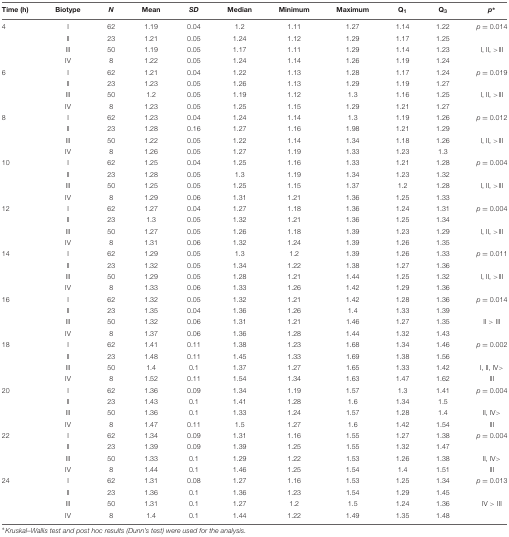
<table><thead><tr><td><b>Time (h)</b></td><td><b>Biotype</b></td><td><b><i>N</i></b></td><td><b>Mean</b></td><td><b><i>SD</i></b></td><td><b>Median</b></td><td><b>Minimum</b></td><td><b>Maximum</b></td><td><b>Q<sub>1</sub></b></td><td><b>Q<sub>3</sub></b></td><td><b><i>p</i><sup>∗</sup></b></td></tr></thead><tbody><tr><td>4</td><td>I</td><td>62</td><td>1.19</td><td>0.04</td><td>1.2</td><td>1.11</td><td>1.27</td><td>1.14</td><td>1.22</td><td><i>p</i> = 0.014</td></tr><tr><td></td><td>II</td><td>23</td><td>1.21</td><td>0.05</td><td>1.24</td><td>1.12</td><td>1.29</td><td>1.17</td><td>1.25</td><td></td></tr><tr><td></td><td>III</td><td>50</td><td>1.19</td><td>0.05</td><td>1.17</td><td>1.11</td><td>1.29</td><td>1.14</td><td>1.23</td><td>I, II, &gt;III</td></tr><tr><td></td><td>IV</td><td>8</td><td>1.22</td><td>0.05</td><td>1.24</td><td>1.14</td><td>1.26</td><td>1.19</td><td>1.24</td><td></td></tr><tr><td>6</td><td>I</td><td>62</td><td>1.21</td><td>0.04</td><td>1.22</td><td>1.13</td><td>1.28</td><td>1.17</td><td>1.24</td><td><i>p</i> = 0.019</td></tr><tr><td></td><td>II</td><td>23</td><td>1.23</td><td>0.05</td><td>1.26</td><td>1.13</td><td>1.29</td><td>1.19</td><td>1.27</td><td></td></tr><tr><td></td><td>III</td><td>50</td><td>1.2</td><td>0.05</td><td>1.19</td><td>1.12</td><td>1.3</td><td>1.16</td><td>1.25</td><td>I, II, &gt;III</td></tr><tr><td></td><td>IV</td><td>8</td><td>1.23</td><td>0.05</td><td>1.25</td><td>1.15</td><td>1.29</td><td>1.21</td><td>1.27</td><td></td></tr><tr><td>8</td><td>I</td><td>62</td><td>1.23</td><td>0.04</td><td>1.24</td><td>1.14</td><td>1.3</td><td>1.19</td><td>1.26</td><td><i>p</i> = 0.012</td></tr><tr><td></td><td>II</td><td>23</td><td>1.28</td><td>0.16</td><td>1.27</td><td>1.16</td><td>1.98</td><td>1.21</td><td>1.29</td><td></td></tr><tr><td></td><td>III</td><td>50</td><td>1.22</td><td>0.05</td><td>1.22</td><td>1.14</td><td>1.34</td><td>1.18</td><td>1.26</td><td>I, II, &gt;III</td></tr><tr><td></td><td>IV</td><td>8</td><td>1.26</td><td>0.05</td><td>1.27</td><td>1.19</td><td>1.33</td><td>1.23</td><td>1.3</td><td></td></tr><tr><td>10</td><td>I</td><td>62</td><td>1.25</td><td>0.04</td><td>1.25</td><td>1.16</td><td>1.33</td><td>1.21</td><td>1.28</td><td><i>p</i> = 0.004</td></tr><tr><td></td><td>II</td><td>23</td><td>1.28</td><td>0.05</td><td>1.3</td><td>1.19</td><td>1.34</td><td>1.23</td><td>1.32</td><td></td></tr><tr><td></td><td>III</td><td>50</td><td>1.25</td><td>0.05</td><td>1.25</td><td>1.15</td><td>1.37</td><td>1.2</td><td>1.28</td><td>I, II, &gt;III</td></tr><tr><td></td><td>IV</td><td>8</td><td>1.29</td><td>0.06</td><td>1.31</td><td>1.21</td><td>1.36</td><td>1.25</td><td>1.33</td><td></td></tr><tr><td>12</td><td>I</td><td>62</td><td>1.27</td><td>0.04</td><td>1.27</td><td>1.18</td><td>1.36</td><td>1.24</td><td>1.31</td><td><i>p</i> = 0.004</td></tr><tr><td></td><td>II</td><td>23</td><td>1.3</td><td>0.05</td><td>1.32</td><td>1.21</td><td>1.36</td><td>1.25</td><td>1.34</td><td></td></tr><tr><td></td><td>III</td><td>50</td><td>1.27</td><td>0.05</td><td>1.26</td><td>1.18</td><td>1.39</td><td>1.23</td><td>1.29</td><td>I, II, &gt;III</td></tr><tr><td></td><td>IV</td><td>8</td><td>1.31</td><td>0.06</td><td>1.32</td><td>1.24</td><td>1.39</td><td>1.26</td><td>1.35</td><td></td></tr><tr><td>14</td><td>I</td><td>62</td><td>1.29</td><td>0.05</td><td>1.3</td><td>1.2</td><td>1.39</td><td>1.26</td><td>1.33</td><td><i>p</i> = 0.011</td></tr><tr><td></td><td>II</td><td>23</td><td>1.32</td><td>0.05</td><td>1.34</td><td>1.22</td><td>1.38</td><td>1.27</td><td>1.36</td><td></td></tr><tr><td></td><td>III</td><td>50</td><td>1.29</td><td>0.05</td><td>1.28</td><td>1.21</td><td>1.44</td><td>1.25</td><td>1.32</td><td>I, II, &gt;III</td></tr><tr><td></td><td>IV</td><td>8</td><td>1.33</td><td>0.06</td><td>1.33</td><td>1.26</td><td>1.42</td><td>1.29</td><td>1.36</td><td></td></tr><tr><td>16</td><td>I</td><td>62</td><td>1.32</td><td>0.05</td><td>1.32</td><td>1.21</td><td>1.42</td><td>1.28</td><td>1.36</td><td><i>p</i> = 0.014</td></tr><tr><td></td><td>II</td><td>23</td><td>1.35</td><td>0.04</td><td>1.36</td><td>1.26</td><td>1.4</td><td>1.33</td><td>1.39</td><td></td></tr><tr><td></td><td>III</td><td>50</td><td>1.32</td><td>0.06</td><td>1.31</td><td>1.21</td><td>1.46</td><td>1.27</td><td>1.35</td><td>II &gt; III</td></tr><tr><td></td><td>IV</td><td>8</td><td>1.37</td><td>0.06</td><td>1.36</td><td>1.28</td><td>1.44</td><td>1.32</td><td>1.43</td><td></td></tr><tr><td>18</td><td>I</td><td>62</td><td>1.41</td><td>0.11</td><td>1.38</td><td>1.23</td><td>1.68</td><td>1.34</td><td>1.46</td><td><i>p</i> = 0.002</td></tr><tr><td></td><td>II</td><td>23</td><td>1.48</td><td>0.11</td><td>1.45</td><td>1.33</td><td>1.69</td><td>1.38</td><td>1.56</td><td></td></tr><tr><td></td><td>III</td><td>50</td><td>1.4</td><td>0.1</td><td>1.37</td><td>1.27</td><td>1.65</td><td>1.33</td><td>1.42</td><td>I, II, IV&gt;</td></tr><tr><td></td><td>IV</td><td>8</td><td>1.52</td><td>0.11</td><td>1.54</td><td>1.34</td><td>1.63</td><td>1.47</td><td>1.62</td><td>III</td></tr><tr><td>20</td><td>I</td><td>62</td><td>1.36</td><td>0.09</td><td>1.34</td><td>1.19</td><td>1.57</td><td>1.3</td><td>1.41</td><td><i>p</i> = 0.004</td></tr><tr><td></td><td>II</td><td>23</td><td>1.43</td><td>0.1</td><td>1.41</td><td>1.28</td><td>1.6</td><td>1.34</td><td>1.5</td><td></td></tr><tr><td></td><td>III</td><td>50</td><td>1.36</td><td>0.1</td><td>1.33</td><td>1.24</td><td>1.57</td><td>1.28</td><td>1.4</td><td>II, IV&gt;</td></tr><tr><td></td><td>IV</td><td>8</td><td>1.47</td><td>0.11</td><td>1.5</td><td>1.27</td><td>1.6</td><td>1.42</td><td>1.54</td><td>III</td></tr><tr><td>22</td><td>I</td><td>62</td><td>1.34</td><td>0.09</td><td>1.31</td><td>1.16</td><td>1.55</td><td>1.27</td><td>1.38</td><td><i>p</i> = 0.004</td></tr><tr><td></td><td>II</td><td>23</td><td>1.39</td><td>0.09</td><td>1.39</td><td>1.25</td><td>1.55</td><td>1.32</td><td>1.47</td><td></td></tr><tr><td></td><td>III</td><td>50</td><td>1.33</td><td>0.1</td><td>1.29</td><td>1.22</td><td>1.53</td><td>1.26</td><td>1.38</td><td>II, IV&gt;</td></tr><tr><td></td><td>IV</td><td>8</td><td>1.44</td><td>0.1</td><td>1.46</td><td>1.25</td><td>1.54</td><td>1.4</td><td>1.51</td><td>III</td></tr><tr><td>24</td><td>I</td><td>62</td><td>1.31</td><td>0.08</td><td>1.27</td><td>1.16</td><td>1.53</td><td>1.25</td><td>1.34</td><td><i>p</i> = 0.013</td></tr><tr><td></td><td>II</td><td>23</td><td>1.36</td><td>0.1</td><td>1.36</td><td>1.23</td><td>1.54</td><td>1.29</td><td>1.45</td><td></td></tr><tr><td></td><td>III</td><td>50</td><td>1.31</td><td>0.1</td><td>1.27</td><td>1.2</td><td>1.5</td><td>1.24</td><td>1.36</td><td>IV &gt; III</td></tr><tr><td></td><td>IV</td><td>8</td><td>1.4</td><td>0.1</td><td>1.44</td><td>1.22</td><td>1.49</td><td>1.35</td><td>1.48</td><td></td></tr></tbody></table>